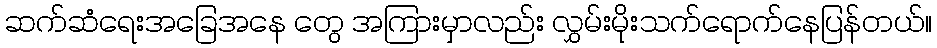
ဆက်ဆံရေးအခြေအနေ တွေ အကြားမှာလည်း လွှမ်းမိုးသက်ရောက်နေပြန်တယ်။